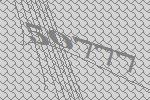
50777